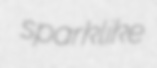
sparklike